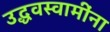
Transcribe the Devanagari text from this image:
उद्धवस्वामींना